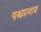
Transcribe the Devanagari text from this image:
पश्चप्रभाव